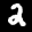
Label: 2